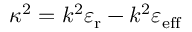
\kappa ^ { 2 } = k ^ { 2 } \varepsilon _ { \mathrm { r } } - k ^ { 2 } \varepsilon _ { \mathrm { e f f } }